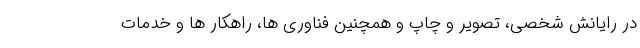
در رایانش شخصی، تصویر و چاپ و همچنین فناوری ها، راهکار ها و خدمات